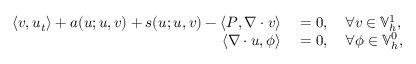
\begin{array} { r l } { \left\langle v , u _ { t } \right\rangle + a ( u ; u , v ) + s ( u ; u , v ) - \left\langle P , \nabla \cdot v \right\rangle } & { { } = 0 , \quad \forall v \in \mathbb { V } _ { h } ^ { 1 } , } \\ { \left\langle \nabla \cdot u , \phi \right\rangle } & { { } = 0 , \quad \forall \phi \in \mathbb { V } _ { h } ^ { 0 } , } \end{array}